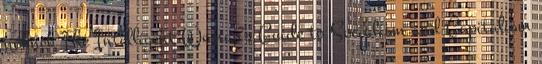
nőknek The Intelligent Woman's Guide to Socialism and Capitalism